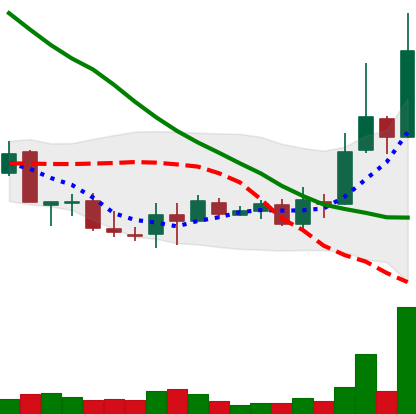
Ticker: XLM-USD
Chart end date: 2018-09-23
Forward return: -9.717%
Label: down_7plus